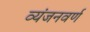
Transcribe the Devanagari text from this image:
व्यंजनवर्ण